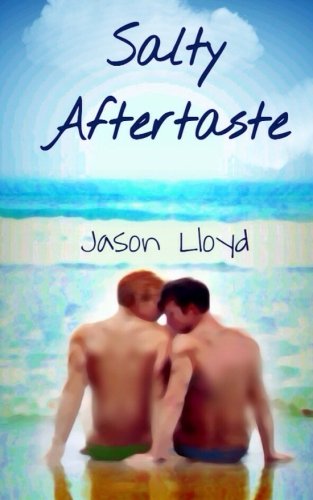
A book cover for Salty Aftertaste; Jason Lloyd; Romance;